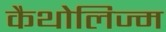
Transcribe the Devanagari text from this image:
कैथोलिज्म